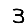
Digit: 3